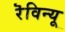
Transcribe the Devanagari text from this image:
रॆविन्यू